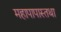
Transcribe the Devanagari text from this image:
महापापास्तथा